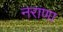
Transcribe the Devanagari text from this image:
नराणा